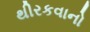
થીરકવાનો